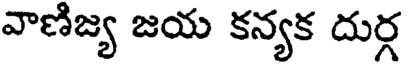
వాణిజ్య జయ కన్యక దుర్గ